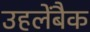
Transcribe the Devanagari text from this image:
उहलेंबैक